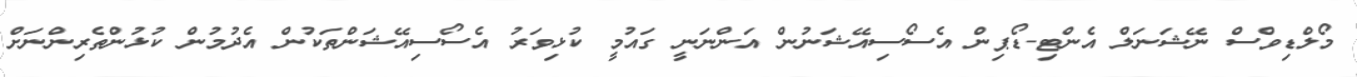
މޯލްޑިވްސް ނޭޝަނަލް އެންޓި-ޑޯޕިން އެސޯސިއޭޝަނުން އަންނަނީ ގައުމީ ކުޅިވަރު އެސޯސިއޭޝަންތަކުން އެދުމުން ކުޅުންތެރިންނަށް